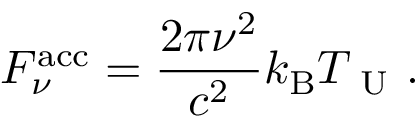
F _ { \nu } ^ { \mathrm { a c c } } = \frac { 2 \pi \nu ^ { 2 } } { c ^ { 2 } } k _ { \mathrm { B } } T _ { \mathrm { ~ U ~ } } .